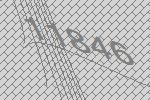
11846